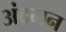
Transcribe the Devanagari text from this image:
अंदमन